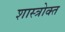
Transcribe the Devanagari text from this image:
शास्‍त्रोक्‍त